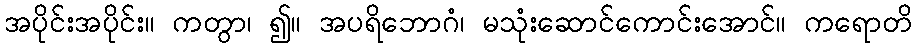
အပိုင်းအပိုင်း။ ကတွာ၊ ၍။ အပရိဘောဂံ၊ မသုံးဆောင်ကောင်းအောင်။ ကရောတိ